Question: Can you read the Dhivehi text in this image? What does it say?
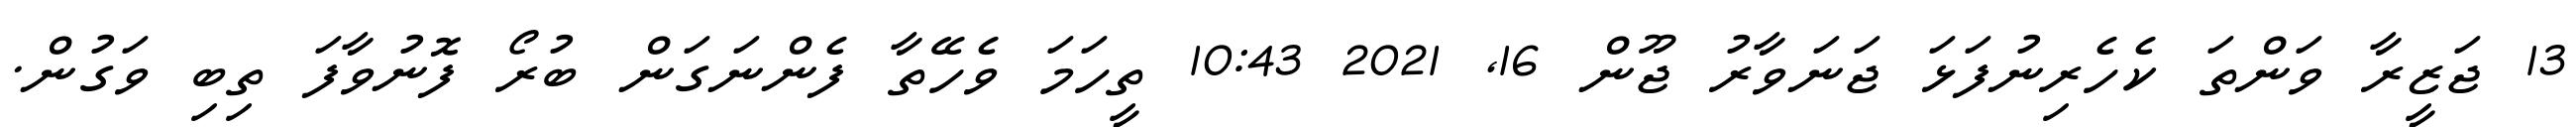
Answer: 13 ޖަޒީރާ ވަންތަ ކެހެރިނުފަޅަ ޖަނަވާރު ޖޫން 16, 2021 10:43 ތީހަމަ ވެހޭތާ ފެންނަގަން ބުރޯ ފޮނުވާފަ ތިބި ވަގުން.